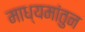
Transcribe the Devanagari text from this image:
माध्यमांतुन